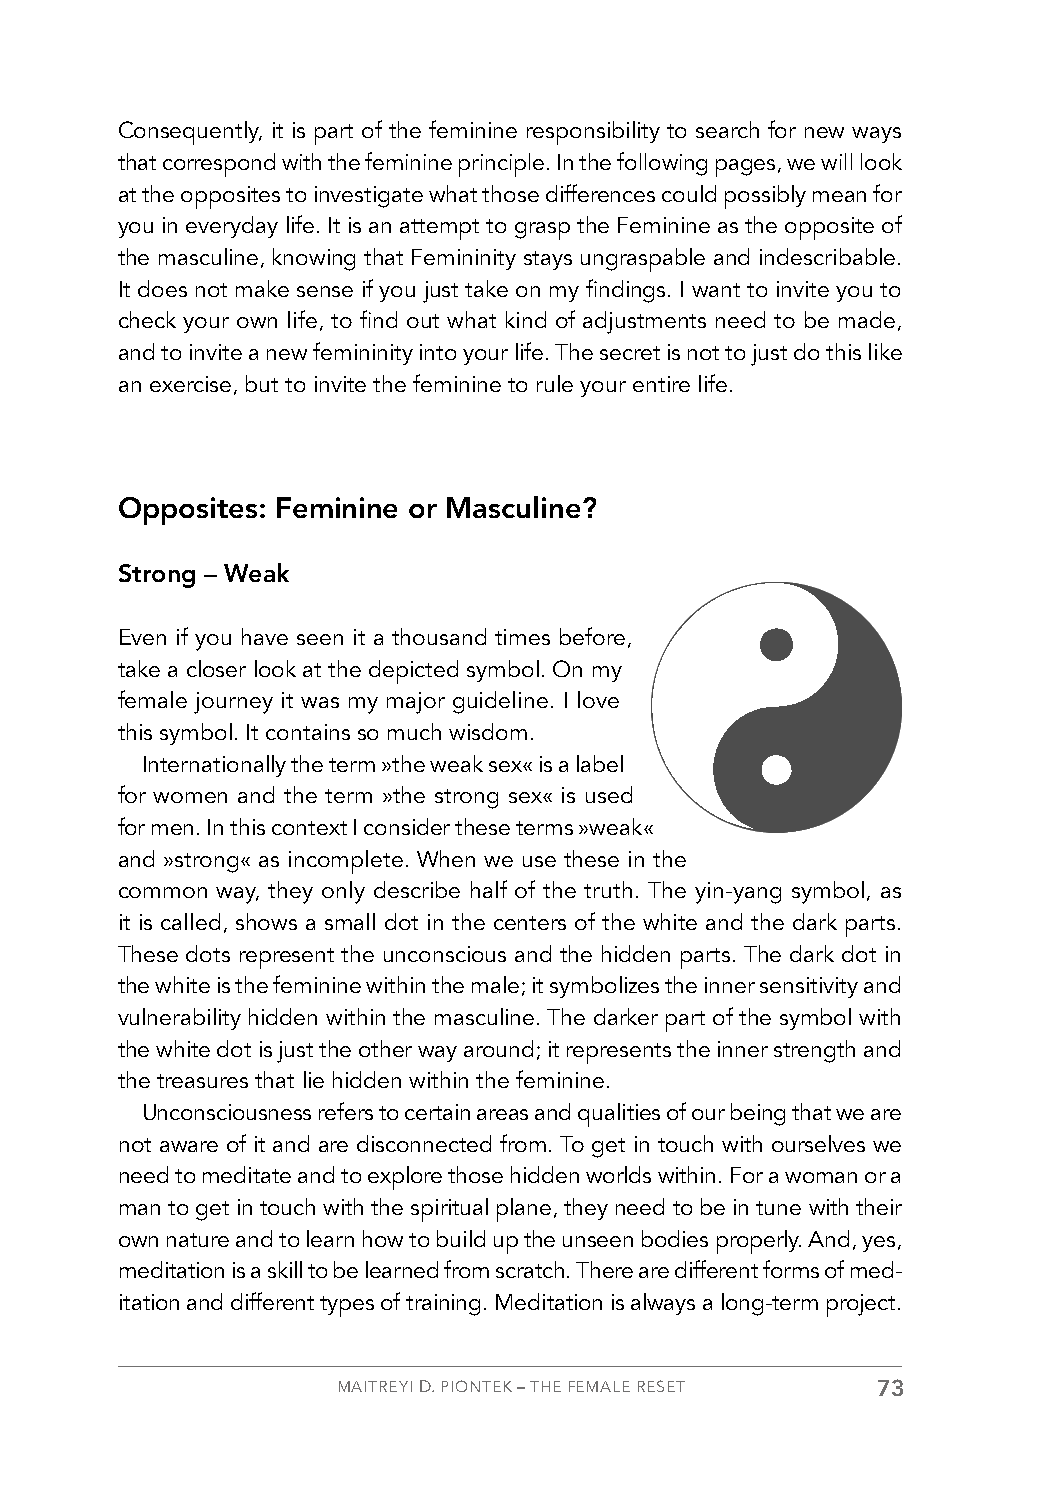
Consequently, it is part of the feminine responsibility to search for new ways
 that correspond with the feminine principle. In the following pages, we will look
 at the opposites to investigate what those differences could possibly mean for
 you in everyday life. It is an attempt to grasp the Feminine as the opposite of
 the masculine, knowing that Femininity stays ungraspable and indescribable.
 It does not make sense if you just take on my findings. I want to invite you to
 check your own life, to find out what kind of adjustments need to be made,
 and to invite a new femininity into your life. The secret is not to just do this like
 an exercise, but to invite the feminine to rule your entire life.
 Opposites: Feminine or Masculine?
 Strong – Weak
 Even if you have seen it a thousand times before,
 take a closer look at the depicted symbol. On my
 female journey it was my major guideline. I love
 this symbol. It contains so much wisdom.
 Internationally the term »the weak sex« is a label
 for women and the term »the strong sex« is used
 for men. In this context I consider these terms »weak«
 and »strong« as incomplete. When we use these in the
 common way, they only describe half of the truth. The yin-yang symbol, as
 it is called, shows a small dot in the centers of the white and the dark parts.
 These dots represent the unconscious and the hidden parts. The dark dot in
 the white is the feminine within the male; it symbolizes the inner sensitivity and
 vulnerability hidden within the masculine. The darker part of the symbol with
 the white dot is just the other way around; it represents the inner strength and
 the treasures that lie hidden within the feminine.
 Unconsciousness refers to certain areas and qualities of our being that we are
 not aware of it and are disconnected from. To get in touch with ourselves we
 need to meditate and to explore those hidden worlds within. For a woman or a
 man to get in touch with the spiritual plane, they need to be in tune with their
 own nature and to learn how to build up the unseen bodies properly. And, yes,
 meditation is a skill to be learned from scratch. There are different forms of med-
 itation and different types of training. Meditation is always a long-term project.
 MAITREYI D. PIONTEK – THE FEMALE RESET 73